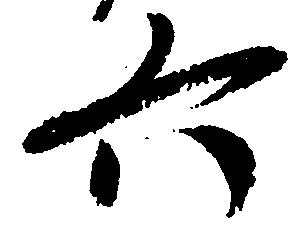
六